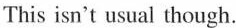
This isn't usual though.